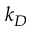
k _ { D }